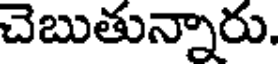
చెబుతున్నారు.